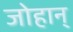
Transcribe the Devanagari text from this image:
जोहान्